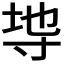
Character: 𭔭